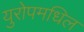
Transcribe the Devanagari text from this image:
युरोपमधिल